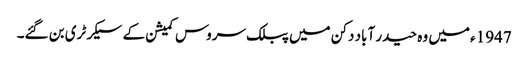
1947ء میں وہ حیدر آباد دکن میں پبلک سروس کمیشن کے سیکرٹری بن گئے۔